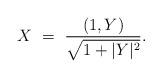
LaTeX: \begin{align*} X~=~\frac{(1,Y)}{\sqrt{1+|Y|^2}}.\end{align*}